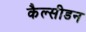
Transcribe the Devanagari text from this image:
कैल्सीडन